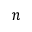
n